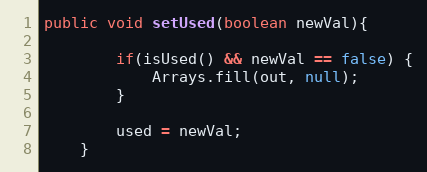
Language: Java
public void setUsed(boolean newVal){

		if(isUsed() && newVal == false) {
			Arrays.fill(out, null);
		}

		used = newVal;
	}